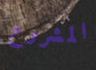
المشروع